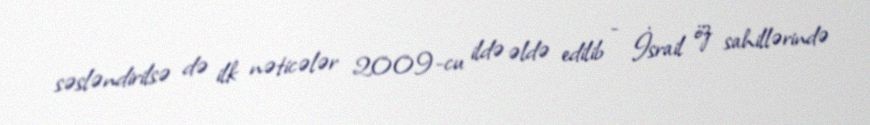
səsləndirilsə də ilk nəticələr 2009-cu ildə əldə edilib - İsrail öz sahillərində